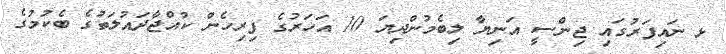
ޅ ނައިފަރުގައި ޖިންސީ އަނިޔާ ލިބެމުންދިޔަ 10 އަހަރުގެ ފިރިހެން ކުއްޖާދައުލަތުގެ ބެކުމުގެ